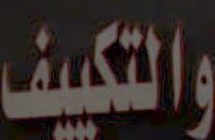
والتكييف